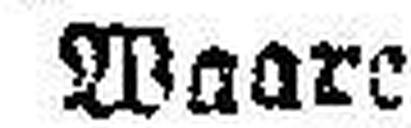
Waare